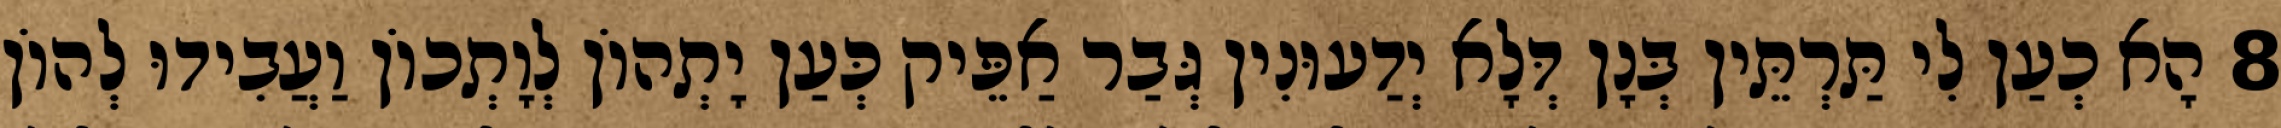
8 הָא כְעַן לִי תַּרְתֵּין בְּנָן דְּלָא יְדַעוּנִין גְּבַר אַפֵּיק כְּעַן יָתְהוֹן לְוָתְכוֹן וַעֲבִידוּ לְהוֹן